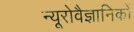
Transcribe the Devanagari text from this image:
न्यूरोवैज्ञानिकों